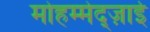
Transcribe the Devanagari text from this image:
मोहम्मेद्ज़ाई